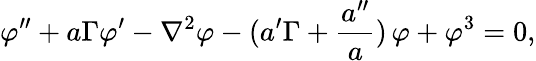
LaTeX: \varphi^{\prime\prime}+a\Gamma\varphi^{\prime}-\nabla^{2}\varphi-(a^{\prime}\Gamma+\frac{a^{\prime\prime}}{a})\, \varphi+\varphi^{3}=0,